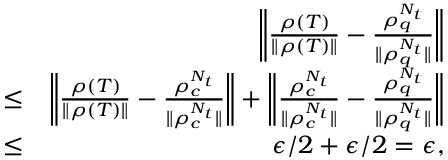
\begin{array} { r l r } & { } & { \bigg \| \frac { \rho ( T ) } { \| \rho ( T ) \| } - \frac { \rho _ { q } ^ { N _ { t } } } { \| \rho _ { q } ^ { N _ { t } } \| } \bigg \| } \\ & { \leq } & { \bigg \| \frac { \rho ( T ) } { \| \rho ( T ) \| } - \frac { \rho _ { c } ^ { N _ { t } } } { \| \rho _ { c } ^ { N _ { t } } \| } \bigg \| + \bigg \| \frac { \rho _ { c } ^ { N _ { t } } } { \| \rho _ { c } ^ { N _ { t } } \| } - \frac { \rho _ { q } ^ { N _ { t } } } { \| \rho _ { q } ^ { N _ { t } } \| } \bigg \| } \\ & { \leq } & { \epsilon / 2 + \epsilon / 2 = \epsilon , } \end{array}